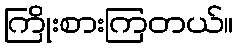
ကြိုးစားကြတယ်။